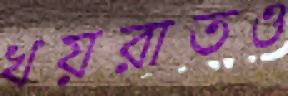
খয়রাতও